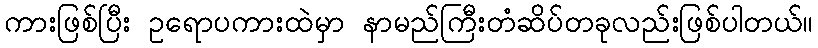
ကားဖြစ်ပြီး ဥရောပကားထဲမှာ နာမည်ကြီးတံဆိပ်တခုလည်းဖြစ်ပါတယ်။